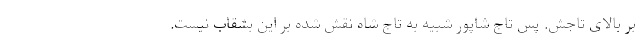
بر بالای تاجش. پس تاج شاپور شبیه به تاج شاه نقش شده بر این بشقاب نیست.